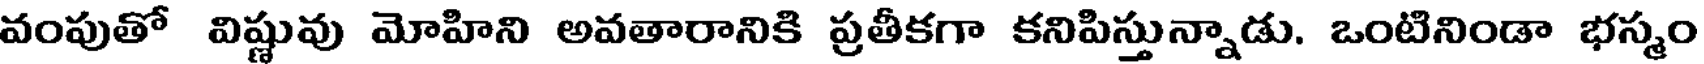
వంపుతో విష్ణువు మోహిని అవతారానికి ప్రతీకగా కనిపిస్తున్నాడు. ఒంటినిండా భస్మం